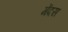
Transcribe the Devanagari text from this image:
मेंदस